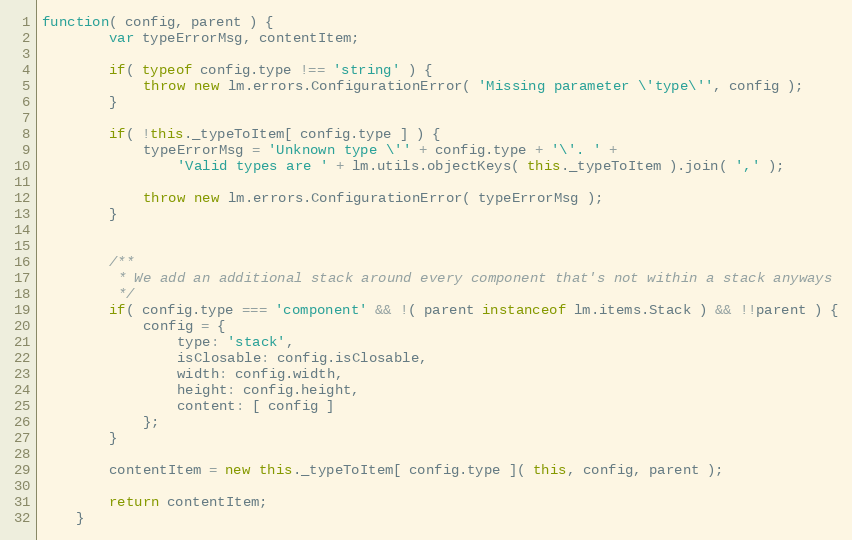
Language: JavaScript
function( config, parent ) {
		var typeErrorMsg, contentItem;

		if( typeof config.type !== 'string' ) {
			throw new lm.errors.ConfigurationError( 'Missing parameter \'type\'', config );
		}

		if( !this._typeToItem[ config.type ] ) {
			typeErrorMsg = 'Unknown type \'' + config.type + '\'. ' +
				'Valid types are ' + lm.utils.objectKeys( this._typeToItem ).join( ',' );

			throw new lm.errors.ConfigurationError( typeErrorMsg );
		}

		/**
		 * We add an additional stack around every component that's not within a stack anyways
		 */
		if( config.type === 'component' && !( parent instanceof lm.items.Stack ) && !!parent ) {
			config = {
				type: 'stack',
				isClosable: config.isClosable,
				width: config.width,
				height: config.height,
				content: [ config ]
			};
		}

		contentItem = new this._typeToItem[ config.type ]( this, config, parent );

		return contentItem;
	}